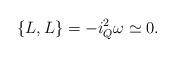
LaTeX: \begin{gather*}\{L,L\}=-i^2_Q\omega\simeq 0 .\end{gather*}